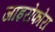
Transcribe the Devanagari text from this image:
जाइरोफोरा